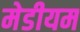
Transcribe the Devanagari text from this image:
मेडीयम